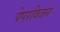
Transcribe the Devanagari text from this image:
पेपरविजन